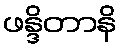
ဖန္ဒိတာနိ